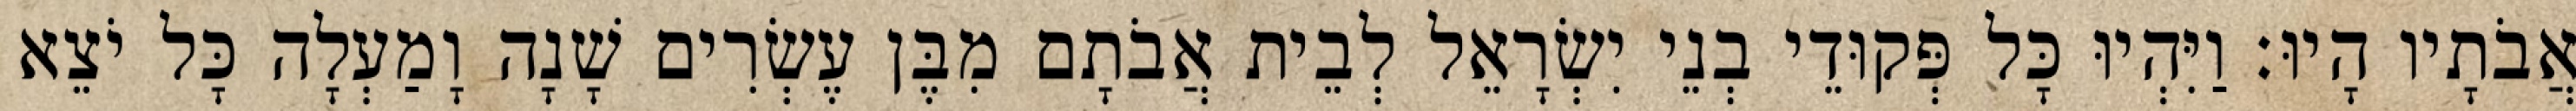
אֲבֹתָיו הָיוּ׃ וַיִּהְיוּ כָּל פְּקוּדֵי בְנֵי יִשְׂרָאֵל לְבֵית אֲבֹתָם מִבֶּן עֶשְׂרִים שָׁנָה וָמַעְלָה כָּל יֹצֵא